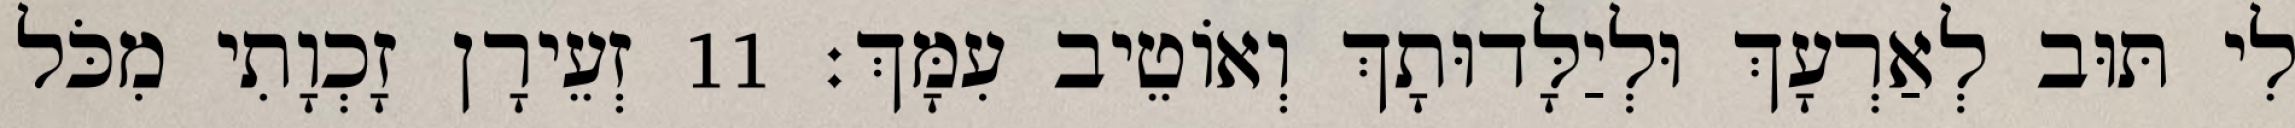
לִי תּוּב לְאַרְעָךְ וּלְיַלָּדוּתָךְ וְאוֹטֵיב עִמָּךְ׃ 11 זְעֵירָן זָכְוָתִי מִכֹּל